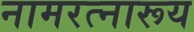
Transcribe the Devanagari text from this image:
नामरत्नारूय